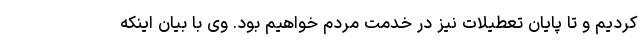
کردیم و تا پایان تعطیلات نیز در خدمت مردم خواهیم بود. وی با بیان اینکه